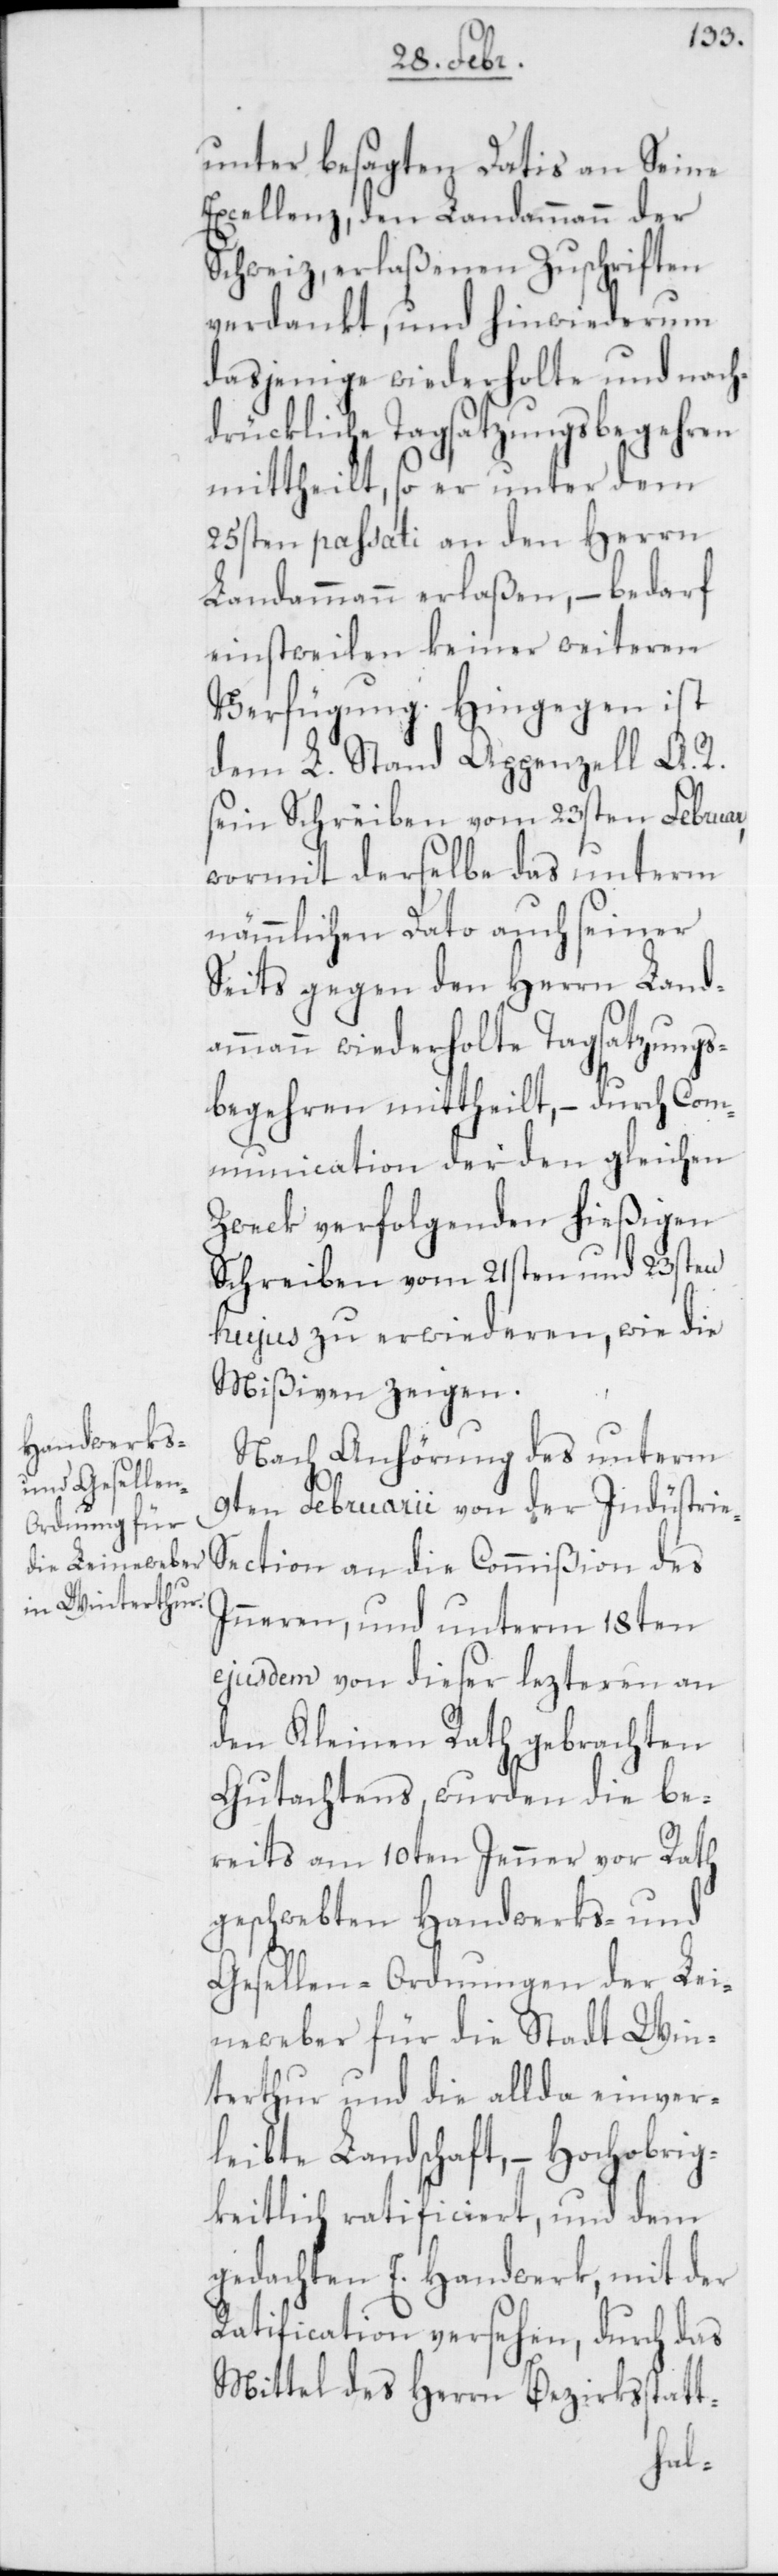
unter besagten Datis an Seine
Excellenz, den Landammann der
Schweiz, erlaßenen Zuschriften
verdankt, und hinwiederum
dasjenige wiederholte und nach¬
drükliche Tagsatzungsbegehren
mittheilt, so er unter dem
25sten passati an den Herrn
Landammann erlaßen, – bedarf
einstweilen keiner weiteren
Verfügung. Hingegen ist
dem L. Stand Appenzell A. R.
sein Schreiben vom 23sten Februar,
wormit derselbe das unterm
nämmlichen Dato auch seiner
Seits gegen den Herrn Land¬
ammann wiederholte Tagsatzungs¬
begehren mittheilt, – durch Com¬
munication der den gleichen
Zweck verfolgenden hießigen
Schreiben vom 21sten und 23sten
hujus zu erwiederen, wie die
Mißiven zeigen.
Nach Anhörung des unterm
9ten Februarii von der Industri¬
e-Section an die Commißion des
Inneren, und unterm 18ten
ejusdem von dieser lezteren an
den Kleinen Rath gebrachten
Gutachtens, wurden die be¬
reits am 10ten Jenner vor Rath
geschwebten Handwerks- und
Gesellen-Ordnungen der Lei¬
neweber für die Stadt Win¬
terthur und die allda einver¬
leibte Landschaft, – Hochobrig¬
keitlich ratificiert, und dem
gedachten E. Handwerk, mit der
Ratification versehen, durch das
Mittel des Herrn Bezirksstatt-